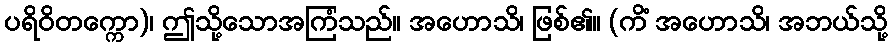
ပရိဝိတက္ကော)၊ ဤသို့သောအကြံသည်။ အဟောသိ၊ ဖြစ်၏။ (ကိံ အဟောသိ၊ အဘယ်သို့